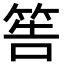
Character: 筶